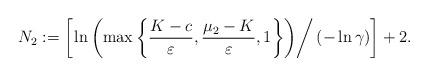
LaTeX: \begin{align*}N_2 := \left[ \left. \ln \left( \max \left\{ \frac{K-c}{\varepsilon}, \frac{\mu_2 - K}{\varepsilon},1 \right\} \right) \right/ (-\ln \gamma) \right] + 2. \end{align*}